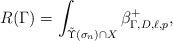
LaTeX: \begin{align*}R(\Gamma) = \int_{\tilde\Upsilon(\sigma_n)\cap X} \beta^+_{\Gamma,D,\ell,p},\end{align*}